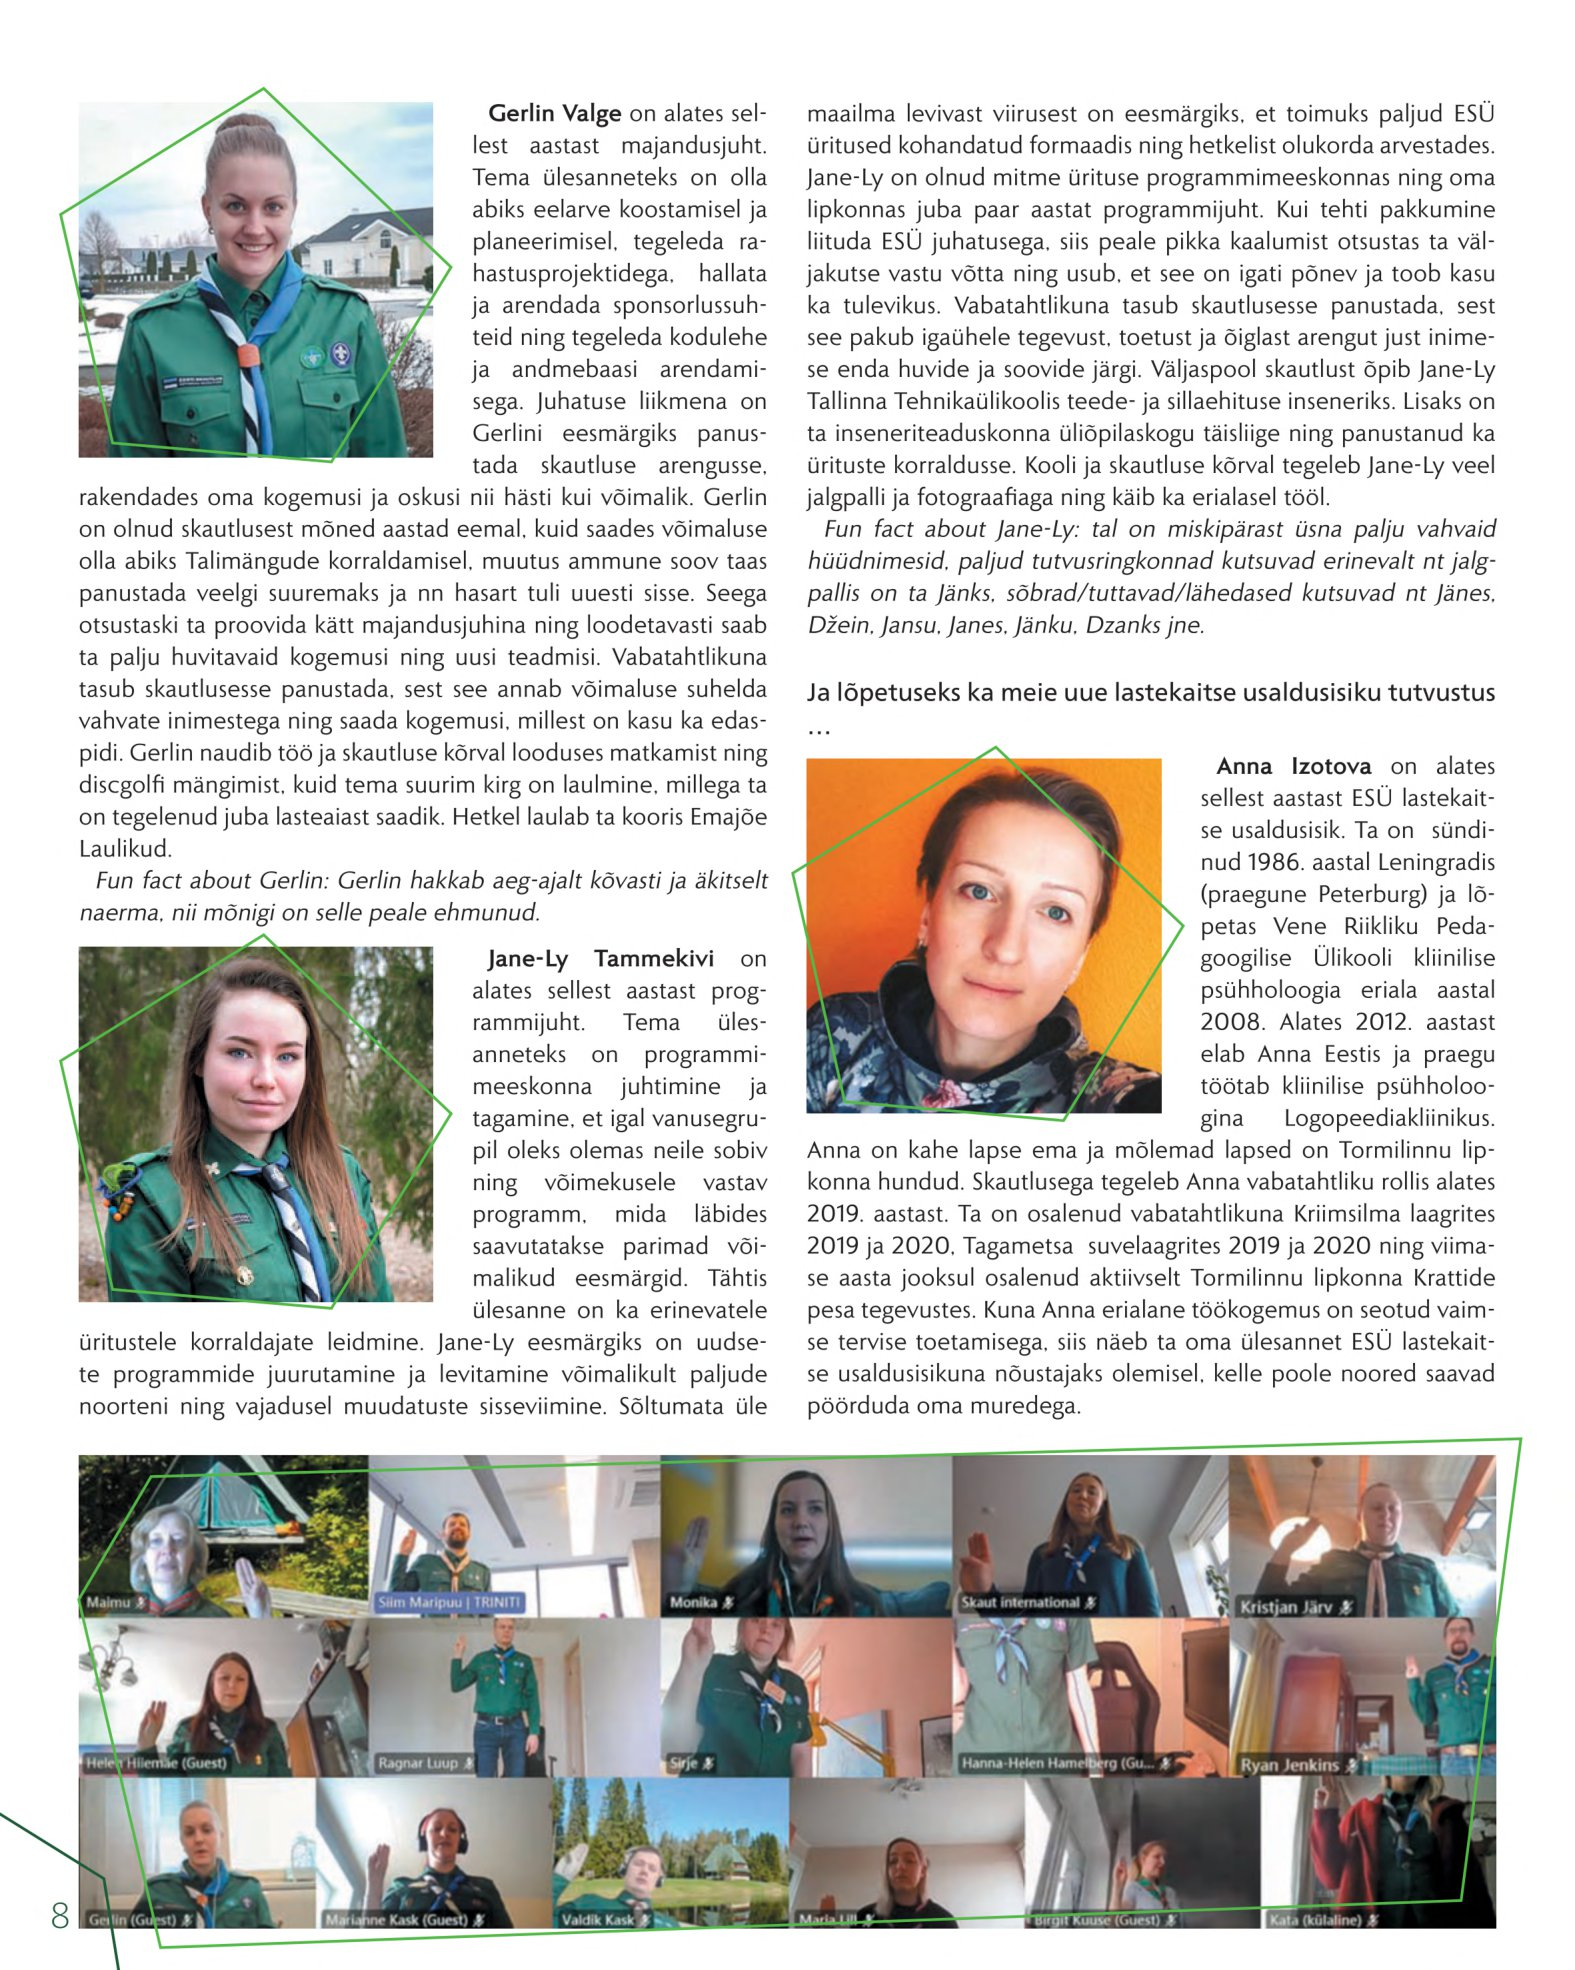
Language: et